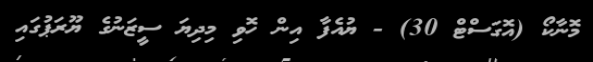
މޮނާކޯ (އޮގަސްޓް 30) - ޔުއެފާ އިން ހޮވި މިދިޔަ ސީޒަނުގެ ޔޫރަޕުގައި